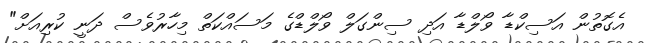
އެގޮތުން އަސިކްޑާ ވޯލްޑާ އަދި ސިންގަލް ވޯލްޑްގެ މަސައްކަތް މިހާރުވެސް ދަނީ ކުރިއަށް"